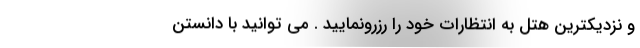
و نزدیکترین هتل به انتظارات خود را رزرونمایید . می توانید با دانستن